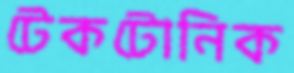
টেকটোনিক